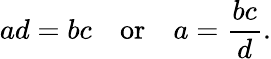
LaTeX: ad=bc\quad{\mathrm{or}}\quad a={\frac{bc}{d}}.